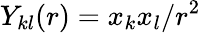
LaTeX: Y_{kl}(r)=x_{k}x_{l}/r^{2}